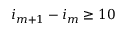
i _ { m + 1 } - i _ { m } \geq 1 0